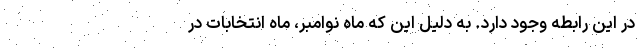
در این رابطه وجود دارد. به دلیل این که ماه نوامبر، ماه انتخابات در